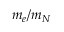
m _ { e } / m _ { N }